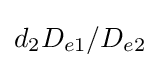
d_{2}D_{e1}/D_{e2}